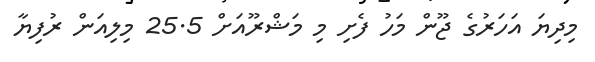
މިދިޔަ އަހަރުގެ ޖޫން މަހު ފެށި މި މަޝްރޫއަށް 25.5 މިލިއަން ރުފިޔާ